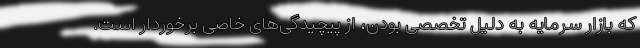
که بازار سرمایه به دلیل تخصصی بودن، از پیچیدگی‌های خاصی برخوردار است.